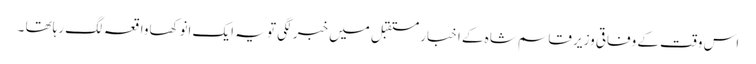
اس وقت کے وفاقی وزیر قاسم شاہ کے اخبار مستقبل میں خبر لگی تو یہ ایک انوکھاواقعہ لگ رہاتھا ۔